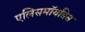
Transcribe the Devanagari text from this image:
एलिसमॉयडिस